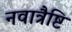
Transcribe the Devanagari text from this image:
नवात्रैष्टि